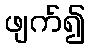
ဖျက်၍